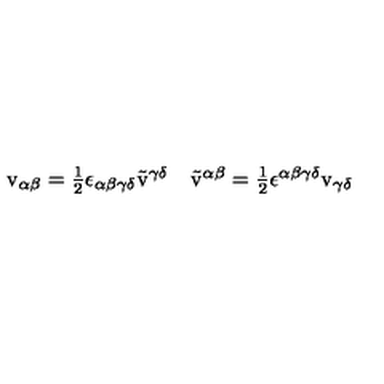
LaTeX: \begin{array} { c c } { \mathrm { v } _ { \alpha \beta } = \textstyle { \frac { 1 } { 2 } } \epsilon _ { \alpha \beta \gamma \delta } \tilde { \mathrm { v } } ^ { \gamma \delta } } & { \tilde { \mathrm { v } } ^ { \alpha \beta } = \textstyle { \frac { 1 } { 2 } } \epsilon ^ { \alpha \beta \gamma \delta } \mathrm { v } _ { \gamma \delta } } \\ \end{array}